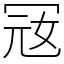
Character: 㓂